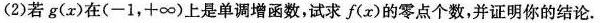
(2)若g(x)在(-1，+∞)上是单调增函数，试求f(x)的零点个数，并证明你的结论.